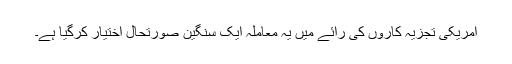
امریکی تجزیہ کاروں کی رائے میں یہ معاملہ ایک سنگین صورتحال اختیار کرگیا ہے۔